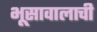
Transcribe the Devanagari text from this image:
भूसावालाची